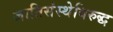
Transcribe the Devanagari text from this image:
जातिसंस्थेविरुद्ध